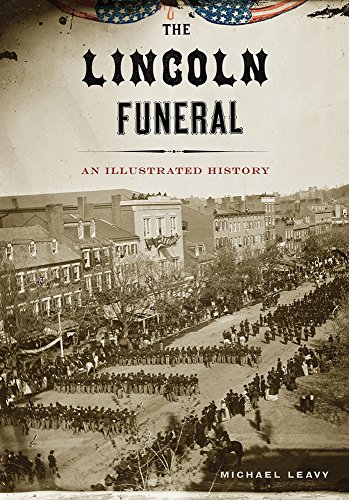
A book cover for The Lincoln Funeral; Michael Leavy; Engineering & Transportation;